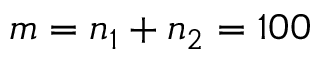
m = n _ { 1 } + n _ { 2 } = 1 0 0